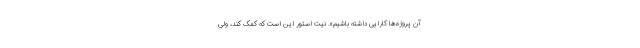
آن پروژه‌ها کارایی داشته باشیم». نیت استور این است که کمک کند، ولی